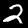
Digit: 2